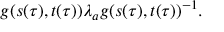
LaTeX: g ( s ( \tau ) , t ( \tau ) ) { \lambda } _ { a } g ( s ( \tau ) , t ( \tau ) ) ^ { - 1 } .